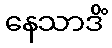
နေသာဒိံ